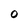
Character: 0